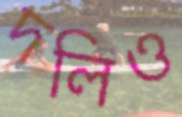
দলিও